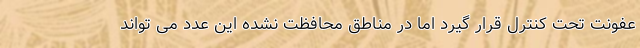
عفونت تحت کنترل قرار گیرد اما در مناطق محافظت نشده این عدد می تواند